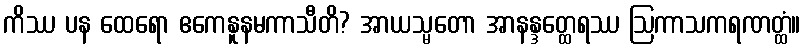
ကိဿ ပန ထေရော ဧကေနူနမကာသီတိ? အာယသ္မတော အာနန္ဒတ္ထေရဿ ဩကာသကရဏတ္ထံ။